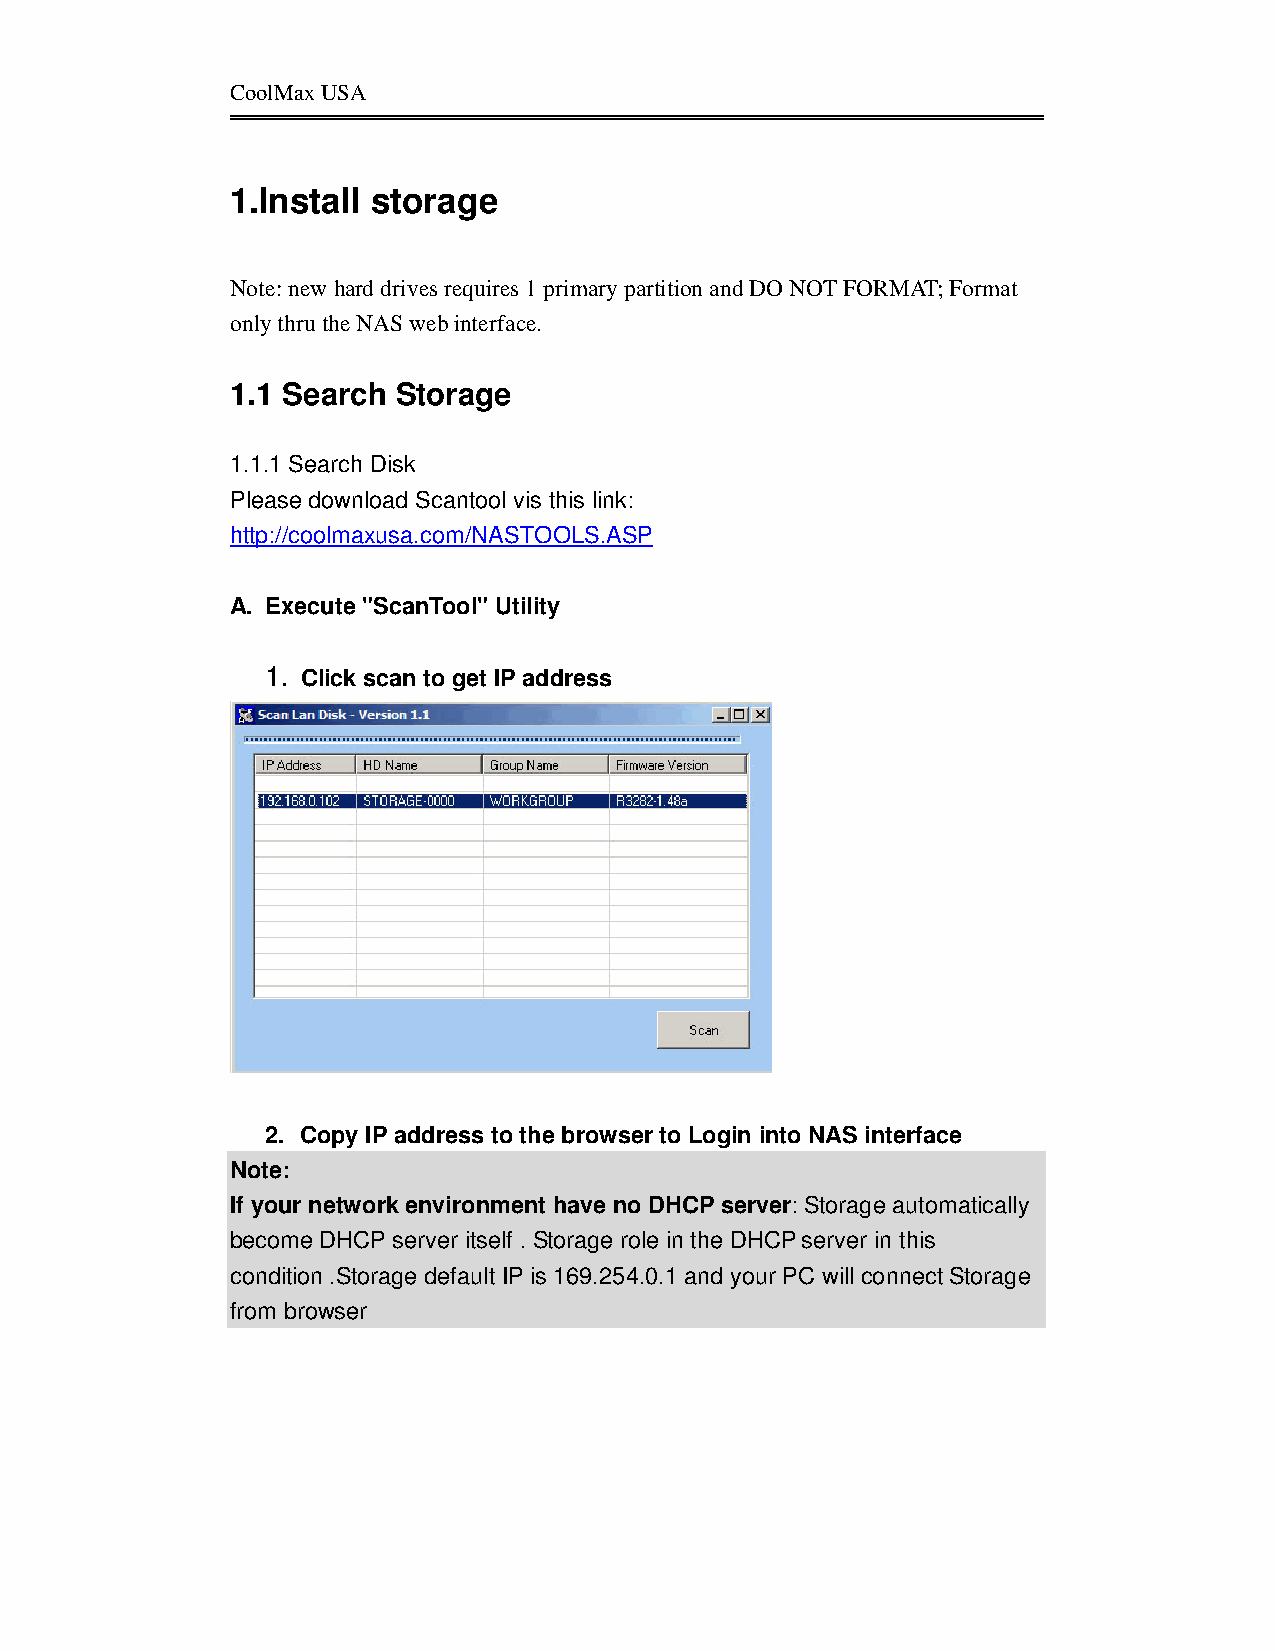
CoolMax USA
 1.Install storage
 Note: new hard drives requires 1 primary partition and DO NOT FORMAT; Format
 only thru the NAS web interface.
 1.1 Search Storage
 1.1.1 Search Disk
 Please download Scantool vis this link:
 http://coolmaxusa.com/NASTOOLS.ASP
 A. Execute "ScanTool" Utility
 1. Click scan to get IP address
 2. Copy IP address to the browser to Login into NAS interface
 Note:
 If your network environment have no DHCP server: Storage automatically
 become DHCP server itself . Storage role in the DHCP server in this
 condition .Storage default IP is 169.254.0.1 and your PC will connect Storage
 from browser